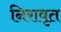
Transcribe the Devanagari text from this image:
निरावृत